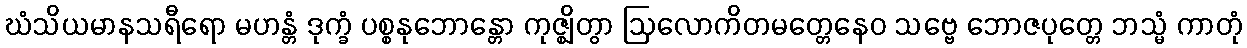
ဃံသိယမာနသရီရော မဟန္တံ ဒုက္ခံ ပစ္စနုဘောန္တော ကုဇ္ဈိတွာ ဩလောကိတမတ္တေနေဝ သဗ္ဗေ ဘောဇပုတ္တေ ဘသ္မံ ကာတုံ